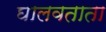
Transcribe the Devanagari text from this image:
घालवताता